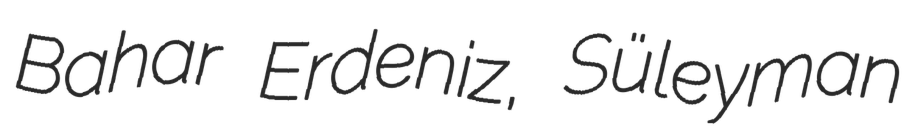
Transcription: Bahar Erdeniz, Süleyman